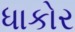
ધાકોર